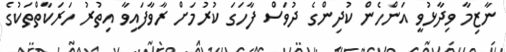
ނާޒިމާ ވިދާޅުވީ އަންހެން ކުދިންގެ ދުވަސް ފާހަގަ ކުރުމަށް ރާވާފައިވާ އިތުރު ހަރަކާތްތަކުގެ